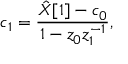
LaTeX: c _ { 1 } = { \frac { { \hat { X } } [ 1 ] - c _ { 0 } } { 1 - z _ { 0 } z _ { 1 } ^ { - 1 } } } ,